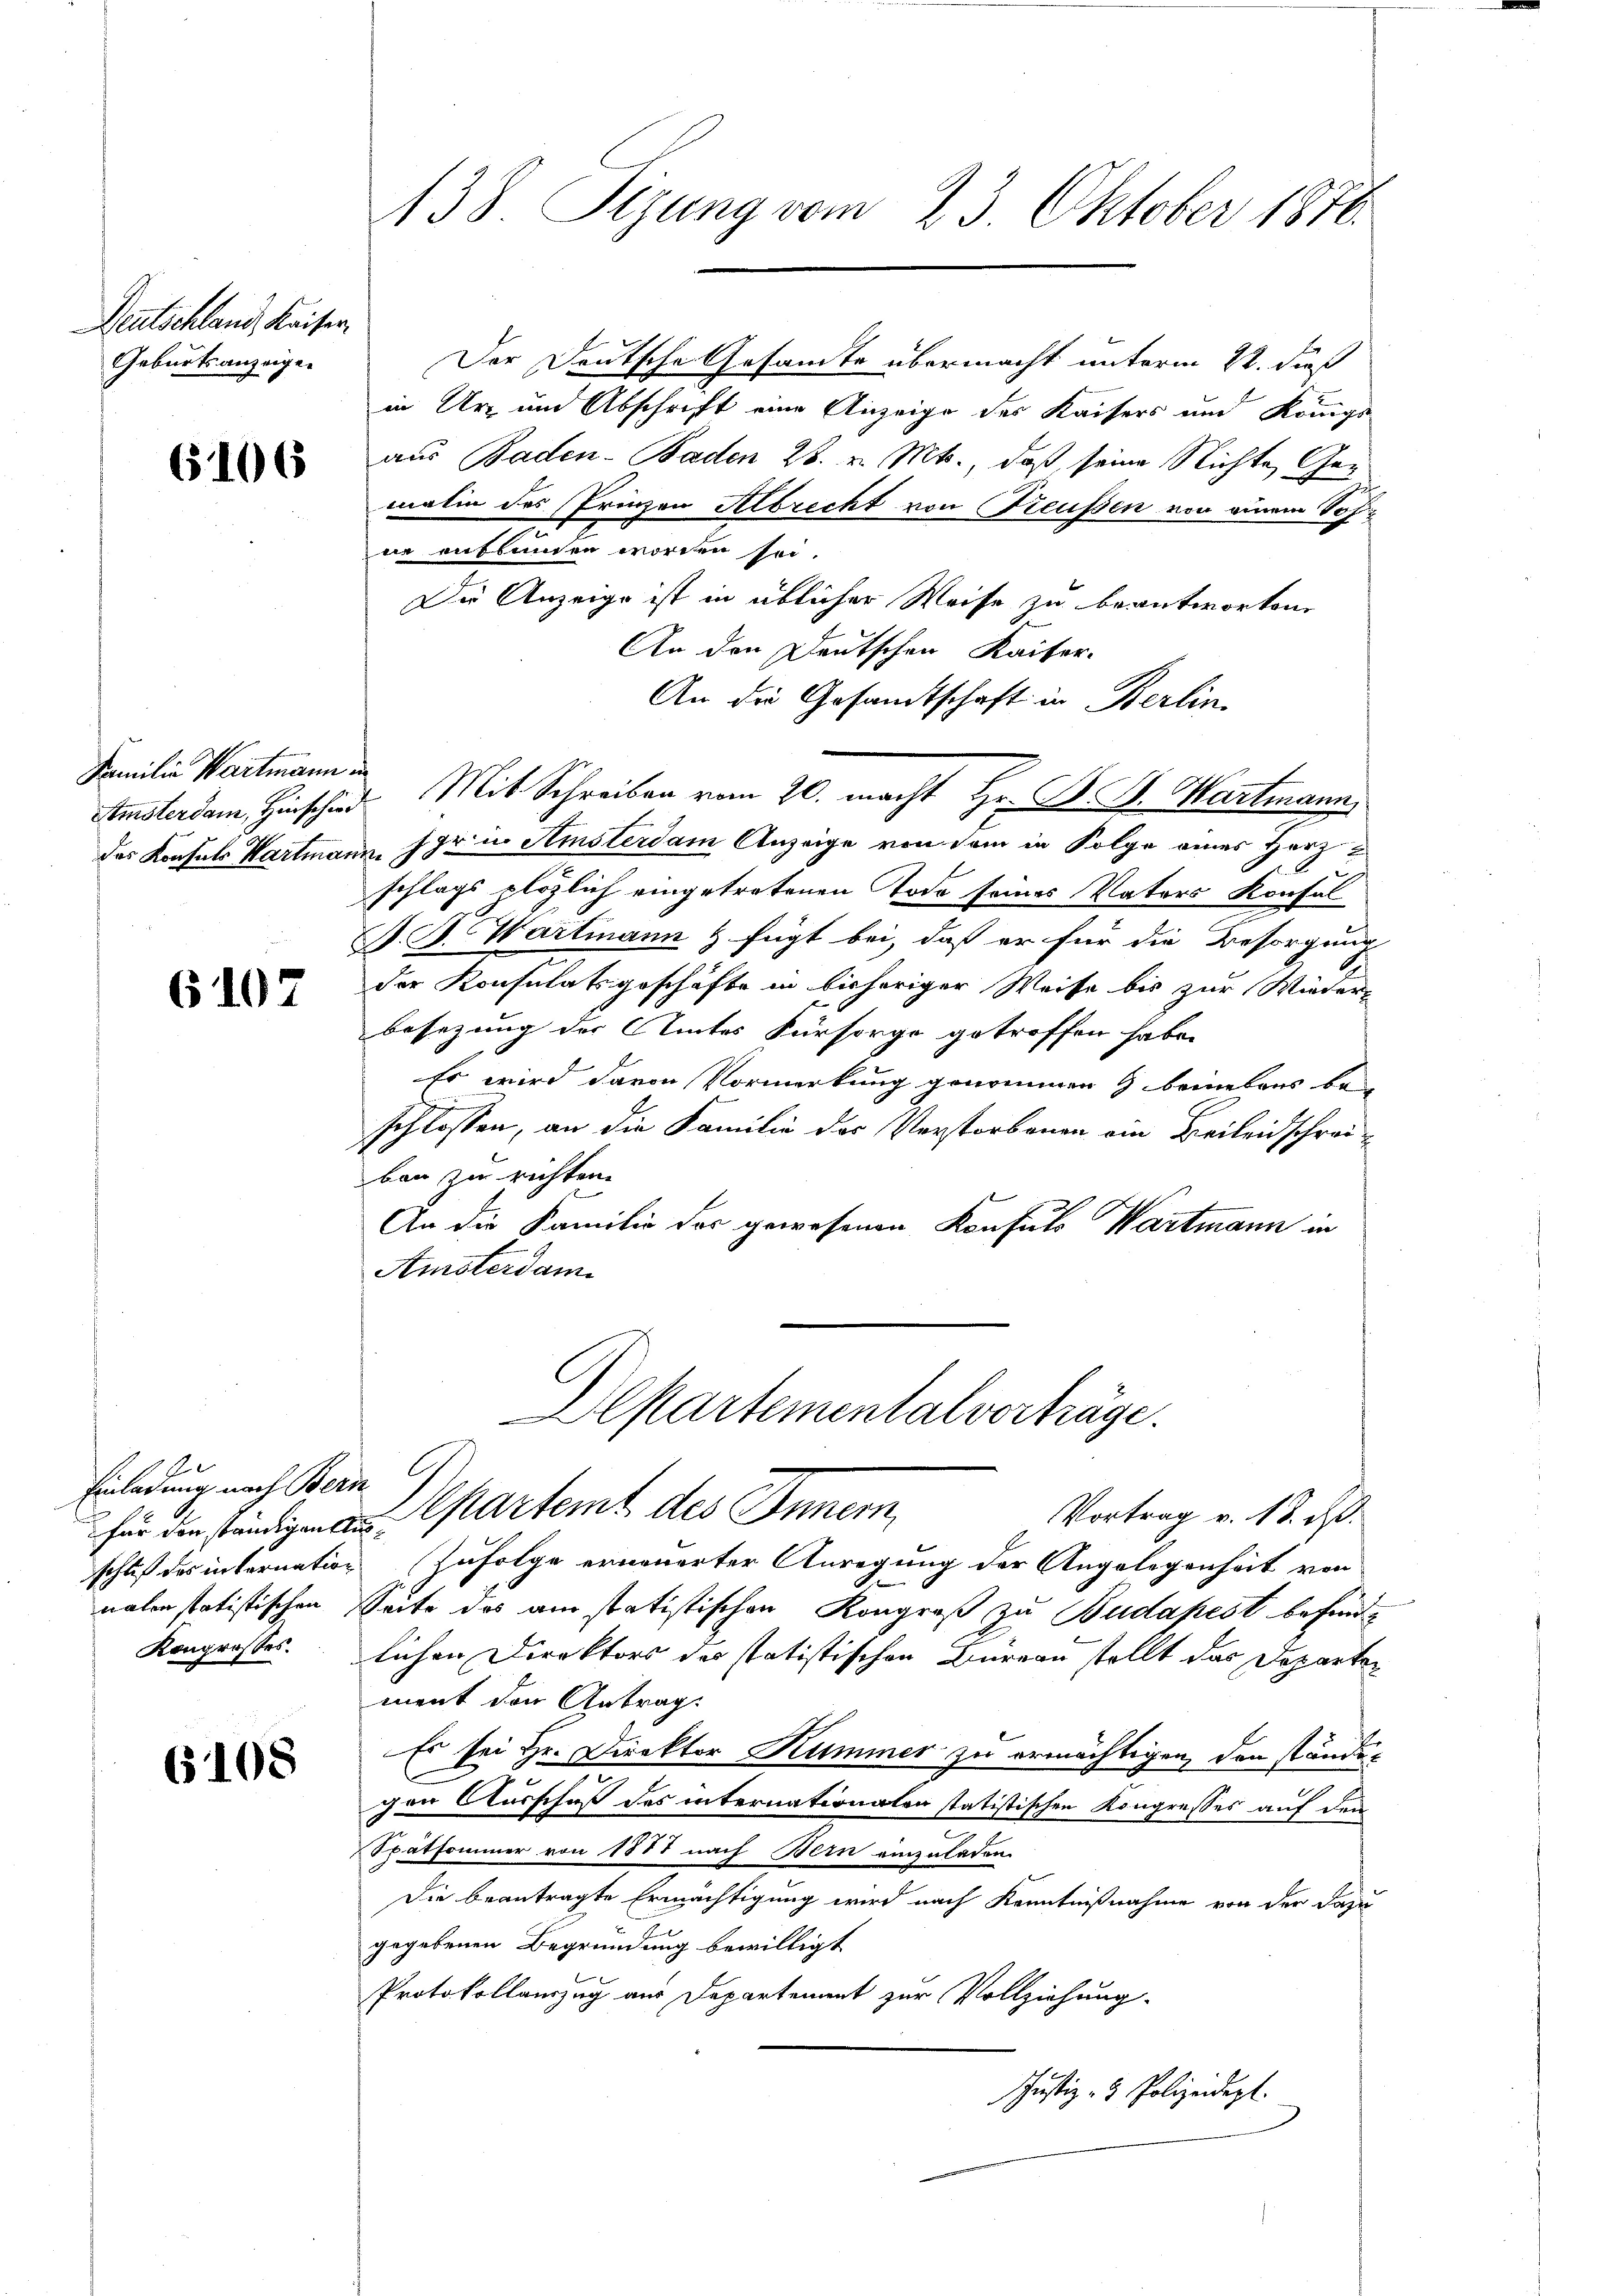
Deutschland, Kaiser,
Geburtsanzeigen

6106

Familie Wartmann in
das Konsuls Hartmann

6107

e
Einladung nach Bern
für den ständigen Aus
schluß des internation
nalen statistischen E
Kongrosses.

6108

138. Sizung vom 23. Oktober 1876.

Der Deutsche Gesamte übermacht unterm 22. dieß
in Ur- und Abschrift eine Anzeige des Kaisers und Königl
aus Baden-Baden 28. v. Mts., daß seine Nichte Ge-
melin des Prinzen Abrecht von Freussen von einem Vor-
ne entbunden worden sei.
Die Anzeige ist in üblicher Weise zu beantworten.
An den Deutschen Kaiser-
An die Gesamtschaft in Berlin
Amsterdam Hirschied Mit Schreiben vom 20. macht Hr. B. H. Hartmann,
u fern Amsterdam Anzeige von dem in Folge eines Herzschlags plötzlich eingetretenen Tode seines Vaters Konfal
P. J. Wartmann & fügt bei, daß er für die Besorgung
der Konsulatsgeschäfte in bisheriger Weise bis zur Wieder-
besezung der Amtes Fürsorge getroffen habe.
Es wird davon Vormerkung genommen 9 beinebens be
schlossen, an die Familie des Verstorbenen ein Beileidschreiben zu richten.
An die Familie der gewesenen Konsuls Wartmann in
Amsterdam
Ilsartemental vorträge.
Departent des Inner,
Vortrag v. 18. d.
Zufolge erneuerter Anregung der Angelegenheit von
Seite des am statistischen Kongroß zu Budapest befindlichen Direktors da statistischen Bureau stellt das Departen
ment den Antrag
Es sei Hr. Direktor Kummer zu ermächtigen, den ständigen Ausschuß des internationalen statistischen Kongresses auf den
Spatfommer von 1887 nach Bern einzuladen.
Die beantragte Ermächtigung wird nach Kenntnißnahme von der dazu
gegebenen Begründung bewilligt
Protokollauszug aus Departement zur Vollziehung.
Justiz- & Polizeidigt.